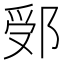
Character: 𨛶